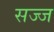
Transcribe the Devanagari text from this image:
सज्‍ज